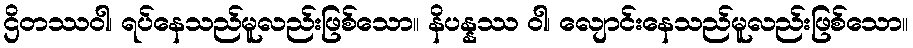
ဌိတဿဝါ၊ ရပ်နေသည်မူလည်းဖြစ်သော။ နိပန္နဿ ဝါ၊ လျောင်းနေသည်မူလည်းဖြစ်သော။